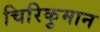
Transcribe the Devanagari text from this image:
चिरिकुमान